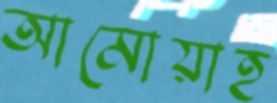
আমোয়াহ